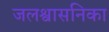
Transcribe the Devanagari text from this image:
जलश्वासनिका